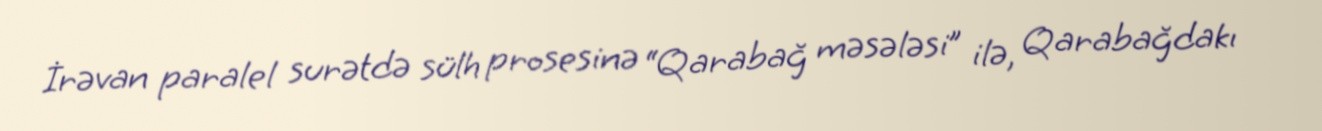
İrəvan paralel surətdə sülh prosesinə “Qarabağ məsələsi” ilə, Qarabağdakı